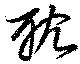
耽